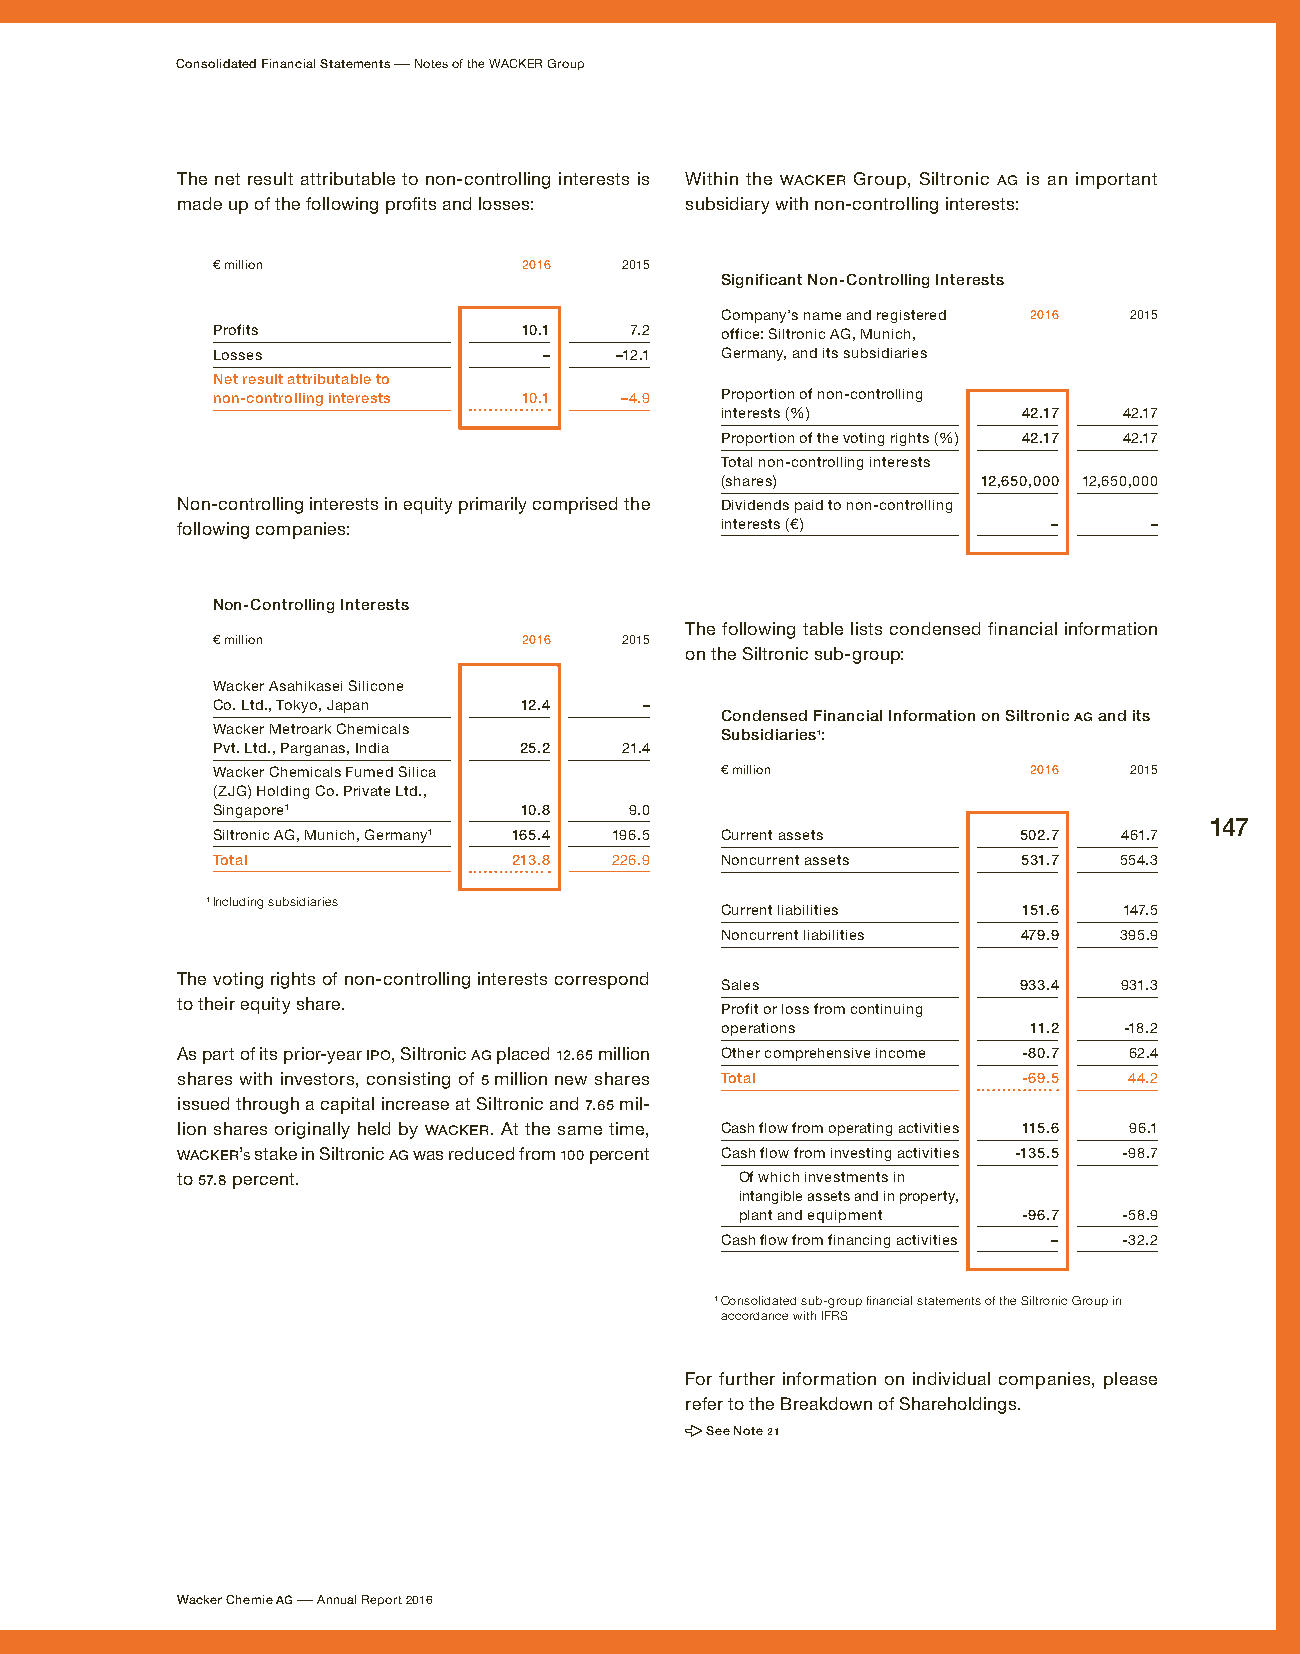
Consolidated Financial Statements – Notes of the WACKER Group
 The net result attributable to non-controlling interests is Within the WACKER Group, Siltronic AG is an important
 made up of the following profits and losses: subsidiary with non-controlling interests:
 € million            2016  2015
 Significant Non-Controlling Interests
 Company’s name and registered 2016 2015
 Profits              10.1   7.2   office: Siltronic AG, Munich,
 Losses                –    –12.1  Germany, and its subsidiaries
 Net result attributable to
 non-controlling interests 10.1 –4.9 Proportion of non-controlling
 interests (%)       42.17 42.17
 Proportion of the voting rights (%) 42.17 42.17
 Total non-controlling interests
 (shares)         12,650,000 12,650,000
 Non-controlling interests in equity primarily comprised the Dividends paid to non-controlling
 following companies:                interests (€)         –     –
 Non-Controlling Interests
 The following table lists condensed financial information
 € million            2016  2015
 on the Siltronic sub-group:
 Wacker Asahikasei Silicone
 Co. Ltd., Tokyo, Japan 12.4  –
 Condensed Financial Information on Siltronic AG and its
 Wacker Metroark Chemicals         Subsidiaries 1:
 Pvt. Ltd., Parganas, India 25.2 21.4
 Wacker Chemicals Fumed Silica     € million           2016   2015
 (ZJG) Holding Co. Private Ltd.,
 Singapore 1         10.8    9.0
 147
 Siltronic AG, Munich, Germany 1 165.4 196.5 Current assets 502.7 461.7
 Total               213.8 226.9   Noncurrent assets   531.7 554.3
 1 Including subsidiaries
 Current liabilities 151.6 147.5
 Noncurrent liabilities 479.9 395.9
 The voting rights of non-controlling interests correspond
 Sales              933.4  931.3
 to their equity share.
 Profit or loss from continuing
 operations          11.2  -18.2
 As part of its prior-year IPO, Siltronic AG placed 12.65 million Other comprehensive income -80.7 62.4
 shares with investors, consisting of 5 million new shares Total -69.5 44.2
 issued through a capital increase at Siltronic and 7.65 mil-
 lion shares originally held by WACKER. At the same time, Cash flow from operating activities 115.6 96.1
 WACKER’s stake in Siltronic AG was reduced from 100 percent Cash flow from investing activities -135.5 -98.7
 to 57.8 percent.                     Of which investments in
 intangible assets and in property,
 plant and equipment -96.7 -58.9
 Cash flow from financing activities – -32.2
 1Consolidated sub-group financial statements of the Siltronic Group in
 accordance with IFRS
 For further information on individual companies, please
 refer to the Breakdown of Shareholdings.
 See Note 21
 Wacker Chemie AG – Annual Report 2016